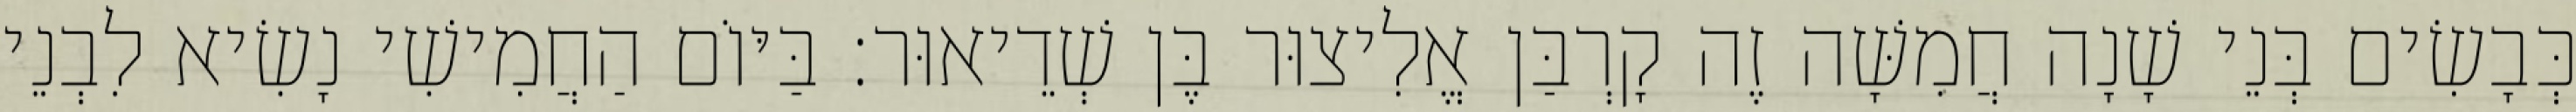
כְּבָשִׂים בְּנֵי שָׁנָה חֲמִשָּׁה זֶה קָרְבַּן אֱלִיצוּר בֶּן שְׁדֵיאוּר׃ בַּיּוֹם הַחֲמִישִׁי נָשִׂיא לִבְנֵי